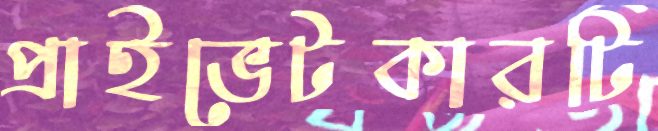
প্রাইভেটকারটি